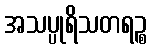
အသပ္ပုရိသတရဉ္စ